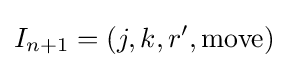
I_{n+1}=(j,k,r',{\text{move}})